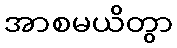
အာစမယိတွာ